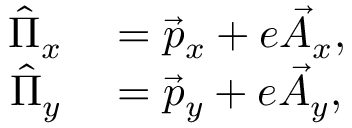
\begin{array} { r l } { \hat { \Pi } _ { x } } & { { } = \vec { p } _ { x } + e \vec { A } _ { x } , } \\ { \hat { \Pi } _ { y } } & { { } = \vec { p } _ { y } + e \vec { A } _ { y } , } \end{array}